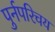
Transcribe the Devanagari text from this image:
पुर्नपरिचय